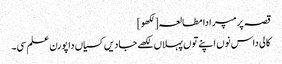
قصہ پرمپرا دا مطالعہ[لکھو]
کالی داس نوں اپنے توں پہلاں لکھے جادیں کسیاں دا پورن علم سی۔